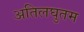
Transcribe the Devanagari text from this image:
अतिलघुतम